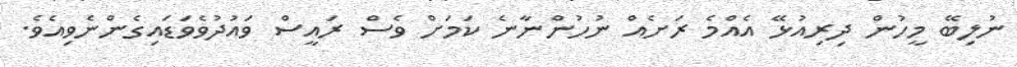
ނުލިބޭ މީހުން ދިރިއުޅޭ އެއްމެ ރަށެއް ނުހުންނާނެ ކަމަށް ވެސް ރައީސް ވައުދުވެވަޑައިގެންނެވިއެވެ.